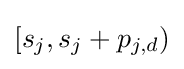
[s_{j},s_{j}+p_{j,d})